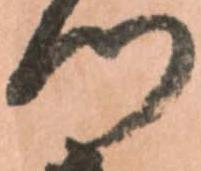
つ